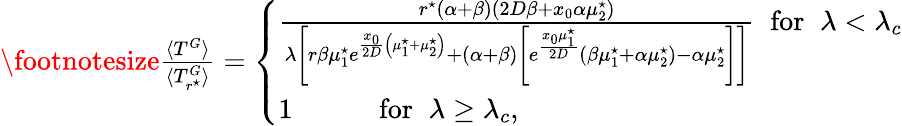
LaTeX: \begin{array}{r}{\footnotesize\frac{\langle T^{G}\rangle}{\langle T_{r^{\star}}^{G}\rangle}=\left\{ \begin{array}{ll}{\frac{r^{\star}(\alpha+\beta)(2D\beta+x_{0}\alpha\mu_{2}^{\star})}{\lambda\left[r\beta\mu_{1}^{\star}e^{\frac{x_{0}}{2D}\left(\mu_{1}^{\star}+\mu_{2}^{\star}\right)}+\left(\alpha+\beta\right)\left[e^{\frac{x_{0}\mu_{1}^{\star}}{2D}}{(\beta\mu_{1}^{\star}+\alpha\mu_{2}^{\star})-\alpha\mu_{2}^{\star}}\right]\right]}\; \; \mathrm{for}\; \; \lambda<\lambda_{c}}\\ {1\; \; \; \; \; \; \; \; \; \; \; \mathrm{for}\; \; \lambda\geq\lambda_{c},}\end{array}\right.}\end{array}